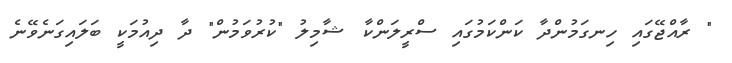
" ރާއްޖޭގައި ހިނގަމުންދާ ކަންކަމުގައި ސްރީލަންކާ ޝާމިލު "ކުރުވަމުން" ދާ ދިއުމަކީ ބަލައިގަނެވޭނެ